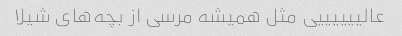
عالییییییی مثل همیشه مرسی از بچه‌های شیلا